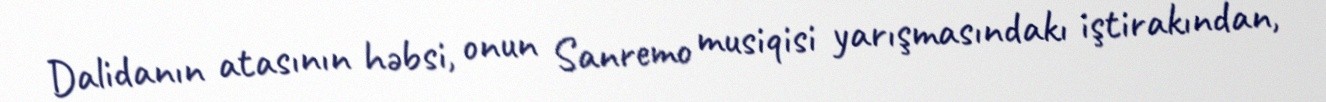
Dalidanın atasının həbsi, onun Sanremo musiqisi yarışmasındakı iştirakından,